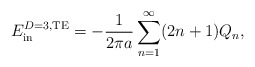
\begin{align*}E_{\rm in}^{D=3,{\rm TE}}=-{1\over2\pi a}\sum_{n=1}^\infty(2n+1)Q_n,\end{align*}